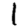
Digit: 1